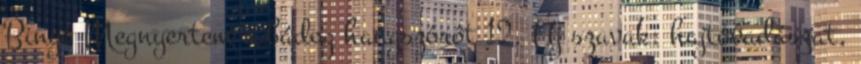
Bingó Megnyertem a bádog hangszórót 12. Új szavak: hajtóvadászat,